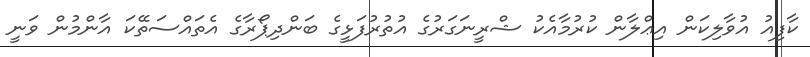
ކާފިއު އުވާލިކަން އިޢްލާން ކުރުމާއެކު ޝްރީނަގަރުގެ އުތުރުފަޅީގެ ބަންދިޕޯރާގެ އެތައްސަތޭކަ އާންމުން ވަނީ